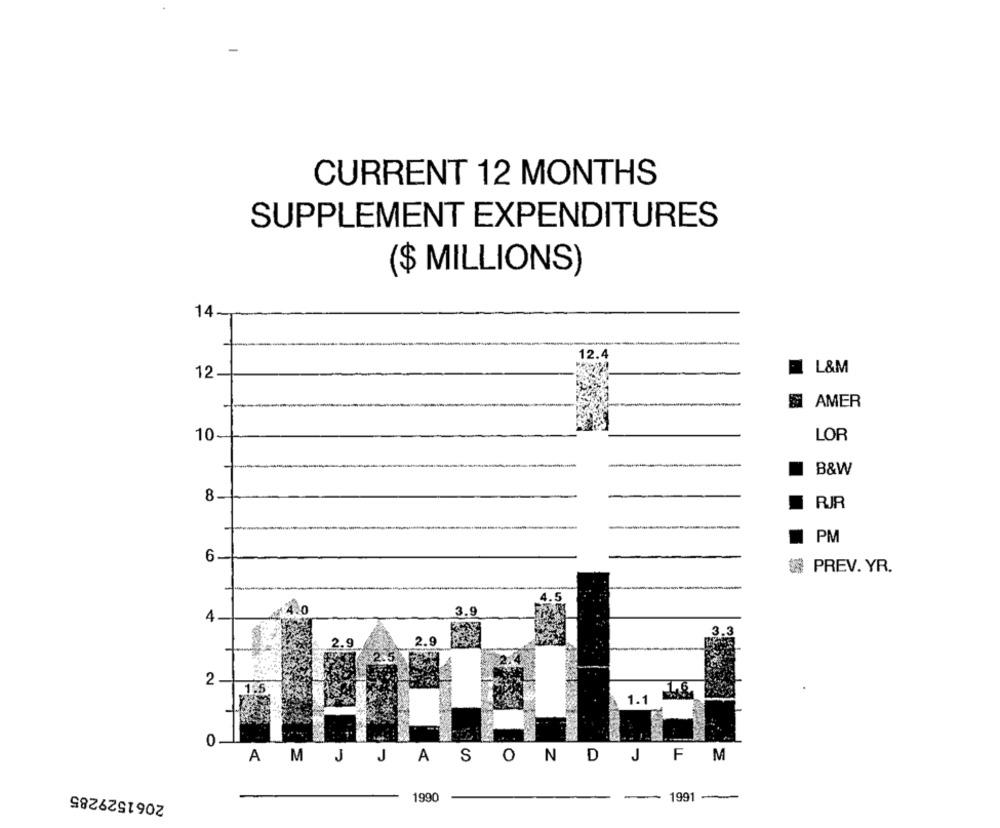
CURRENT 12 MONTHS
SUPPLEMENT EXPENDITURES
($ MILLIONS)
14
12
I L&M
AMER
10
LOR
B&W
8
RIR
PM
6
PREV. YR.
3.9
4
2.9
2.9
2
1.1
0
AMJJASONDJ
M
2061529285
--- 1991 ---
1990